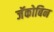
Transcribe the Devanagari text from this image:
जॅकोबिन